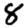
Digit: 8